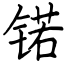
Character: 锘